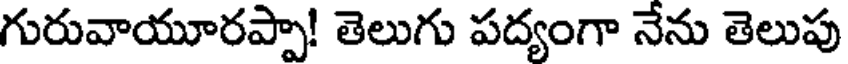
గురువాయూరప్పా! తెలుగు పద్యంగా నేను తెలుపు